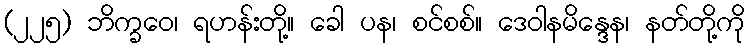
(၂၂၅) ဘိက္ခဝေ၊ ရဟန်းတို့။ ခေါ ပန၊ စင်စစ်။ ဒေဝါနမိန္ဒေန၊ နတ်တို့ကို